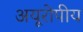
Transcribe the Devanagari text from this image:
अयूरोपीय